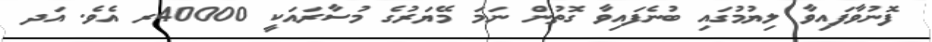
ފޮނުވާފައިވާ ލިޔުމުގައި ބުނެފައިވާ ގޮތުން ނަމަ މޭޔަރުގެ މުސާރައަކީ 40000ރ އެވެ. އަދ